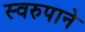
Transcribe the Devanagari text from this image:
स्वरुपाने